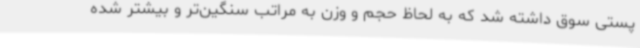
پستی سوق داشته شد که به لحاظ حجم و وزن به مراتب سنگین‌تر و بیشتر شده